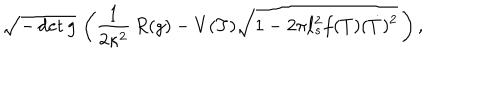
\sqrt { - \det g } \, \left( { \frac { 1 } { 2 \kappa ^ { 2 } } } \, R ( g ) - V ( T ) \sqrt { 1 - 2 \pi \ell _ { s } ^ { 2 } f ( T ) ( \dot { T } ) ^ { 2 } } \, \right) ,